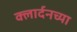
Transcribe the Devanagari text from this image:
क्लार्दनच्या